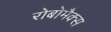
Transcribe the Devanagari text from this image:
रोबोमैक्स